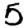
Digit: 5